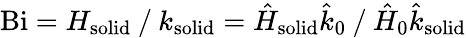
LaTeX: \mathrm{Bi}=H_{\mathrm{solid}}⁄k_{\mathrm{solid}}=\hat{H}_{\mathrm{solid}}\hat{k}_{0}⁄\hat{H}_{0}\hat{k}_{\mathrm{solid}}